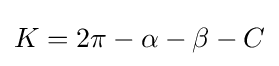
K=2\pi -\alpha -\beta -C